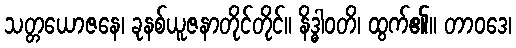
သတ္တယောဇနေ၊ ခုနစ်ယူဇနာတိုင်တိုင်။ နိဒ္ဓါဝတိ၊ ထွက်၏။ တာဝဒေ၊